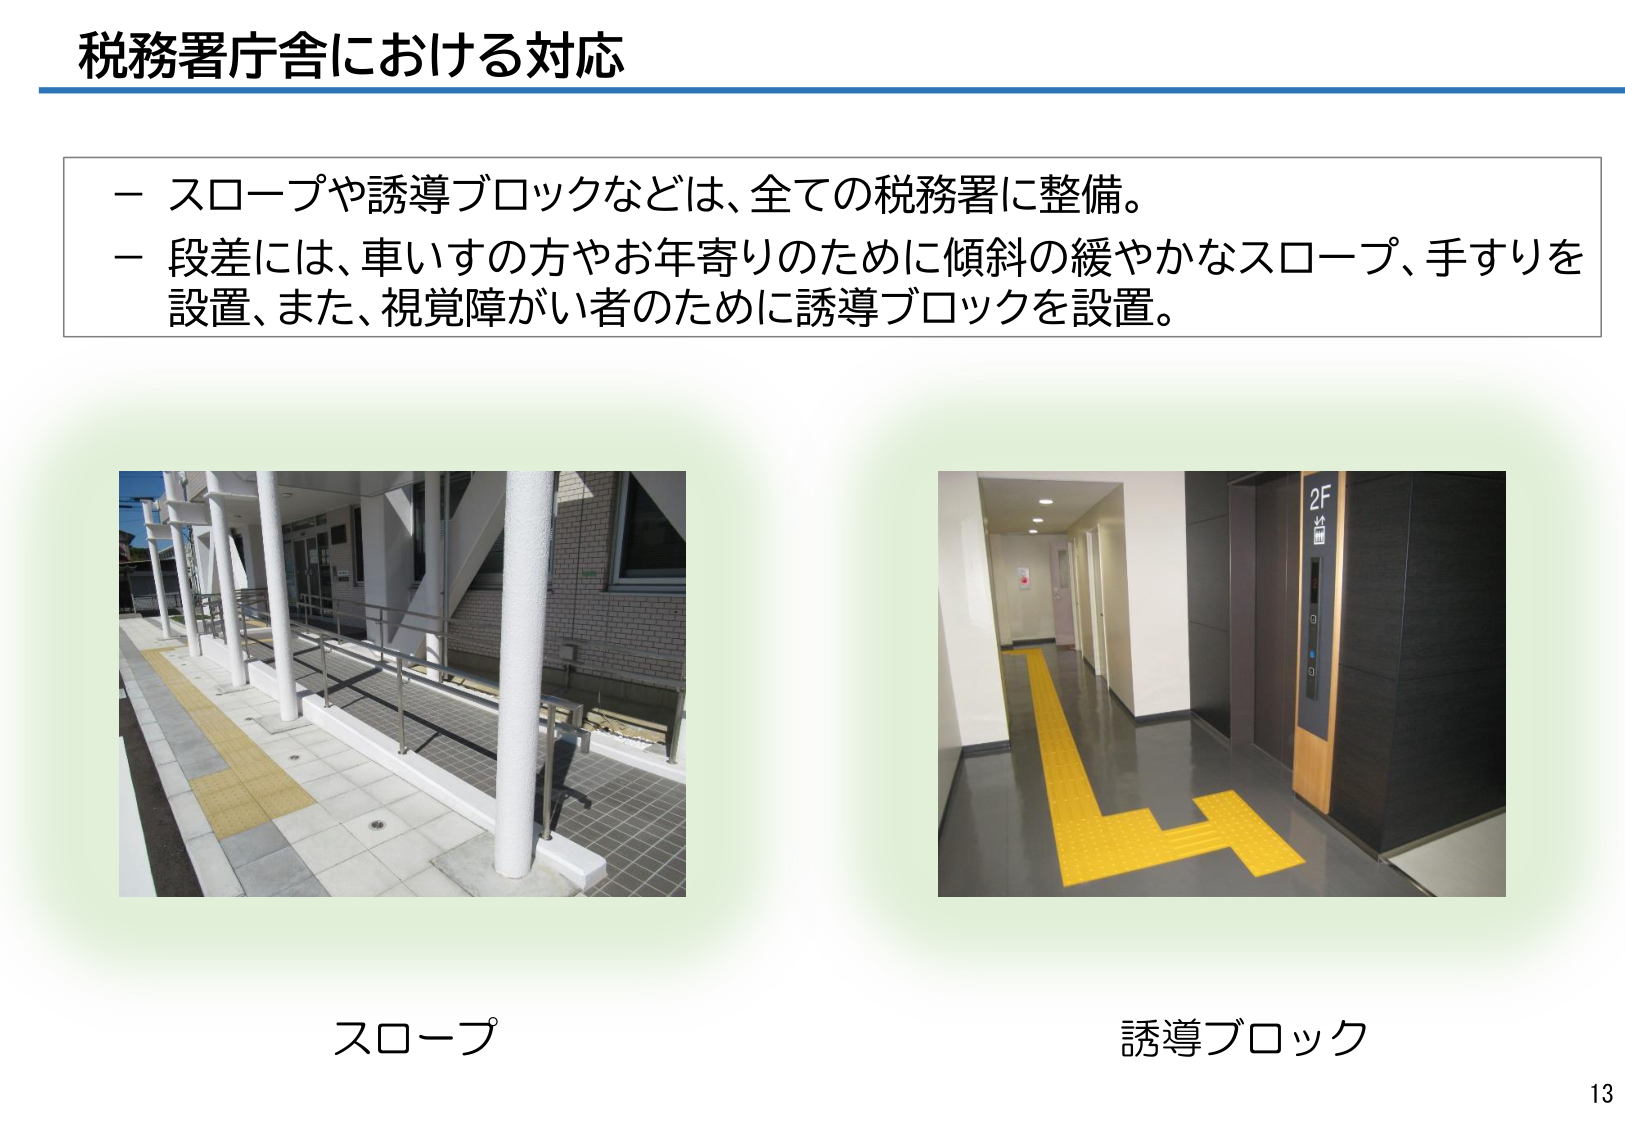
税務署庁舎における対応

－ スロープや誘導ブロックなどは、全ての税務署に整備。
－ 段差には、車いすの方やお年寄りのために傾斜の緩やかなスロープ、手すりを
　設置、また、視覚障がい者のために誘導ブロックを設置。

スロープ

誘導ブロック

13